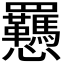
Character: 𫻥